Leaving Certificate Examination, 1911
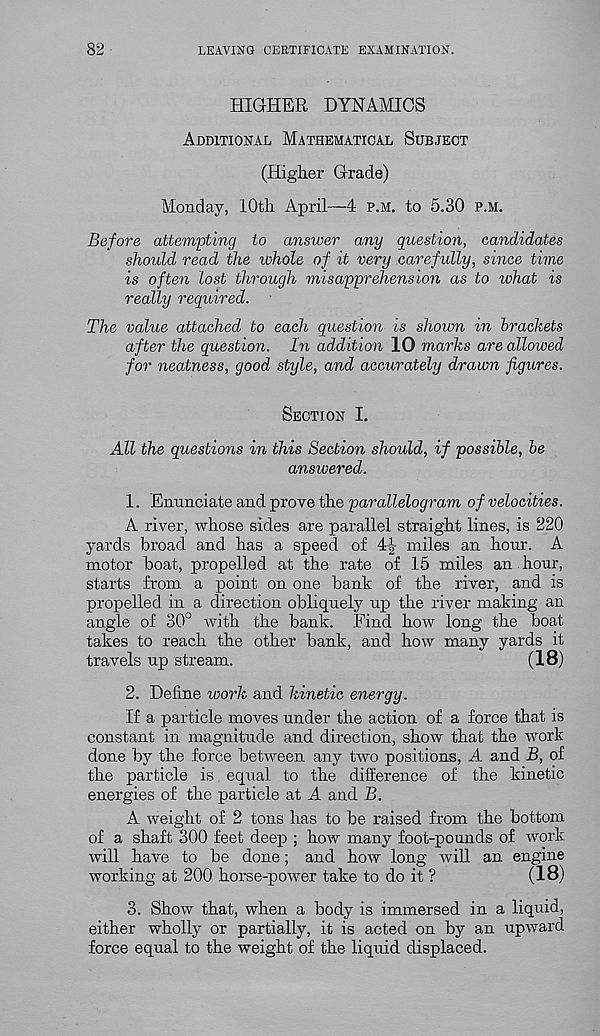
82
LEAVING CERTIFICATE EXAMINATION.
HIG-HER dynamics
Additional Mathematical Subject
(Higher Grade)
Monday, 10th April—4 p.m. to 5.30 p.m.
Before attempting to answer any question, candidates
should read the tohole of it very carefully, since time
is often lost through misapprehension as to what is
really required.
The value attached to each question is shown in brackets
after the question. In addition 10 marks are allowed
for neatness, good style, and accurately drawn figures.
Section I.
All the questions in this Section should, if possible, be
answered.
1. Enunciate and prove the parallelogram of velocities.
A river, whose sides are parallel straight lines, is 220
yards broad and has a speed of 4|-- miles an hour. A
motor boat, propelled at the rate of 15 miles an hour,
starts from a point on one bank of the river, and is
propelled in a direction obliquely up the river making an
angle of 30° with the bank. Find how long the boat
takes to reach the other bank, and how many yards it
travels up stream.
(18)
2. Define work and kinetic energy.
If a particle moves under the action of a force that is
constant in magnitude and direction, show that the work
done by the force between any two positions, A and B, of
the particle is equal to the difference of the kinetic
energies of the particle at A and B.
A weight of 2 tons has to be raised from the bottom
of a shaft 300 feet deep ; how many foot-pounds of work
will have to be done; and how long will an engine
working at 200 horse-power take to do it ?
(18)
3. Show that, when a body is immersed in a liquid,
either wholly or partially, it is acted on by an upward
force equal to the weight of the liquid displaced.